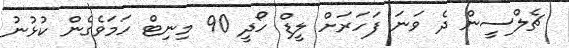
ޗެލްސީން ދެ ވަނަ ފަހަރަށް ލީޑް ހޯދީ 90 މިނިޓް ހަމަވެގެން ކުޅުނު